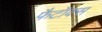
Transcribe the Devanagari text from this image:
फैटॉक्स